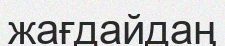
жағдайдаң